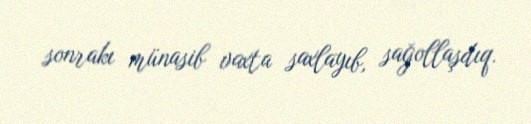
sonrakı münasib vaxta saxlayıb, sağollaşdıq.